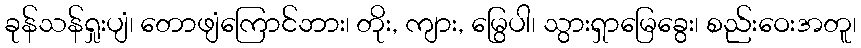
ခုန်သန်ရှုးပျံ၊ တောဖျံကြောင်ဘား၊ တိုး, ကျား, မြွေပါ၊ သွားရှာမြေခွေး၊ စည်းဝေးအတူ၊